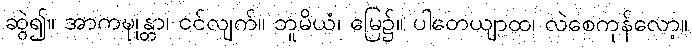
ဆွဲ၍။ အာကဍ္ဎုန္တာ၊ ငင်လျက်။ ဘူမိယံ၊ မြေ၌။ ပါတေယျာထ၊ လဲစေကုန်လော့။